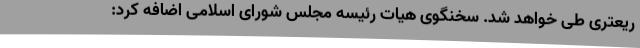
ریعتری طی خواهد شد. سخنگوی هیات رئیسه مجلس شورای اسلامی اضافه کرد: